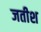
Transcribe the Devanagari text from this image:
जतीश